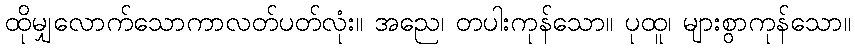
ထိုမျှလောက်သောကာလတ်ပတ်လုံး။ အညေ၊ တပါးကုန်သော။ ပုထူ၊ များစွာကုန်သော။